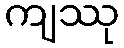
ကျဿု